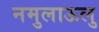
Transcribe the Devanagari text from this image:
नमुलाऊलु